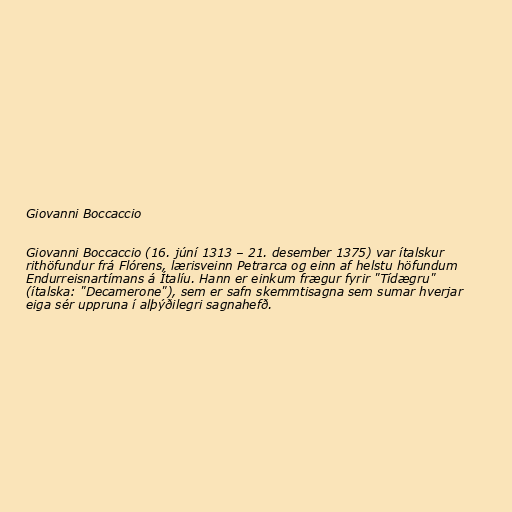
Giovanni Boccaccio

Giovanni Boccaccio (16. júní 1313 – 21. desember 1375) var ítalskur
rithöfundur frá Flórens, lærisveinn Petrarca og einn af helstu höfundum
Endurreisnartímans á Ítalíu. Hann er einkum frægur fyrir "Tídægru"
(ítalska: "Decamerone"), sem er safn skemmtisagna sem sumar hverjar
eiga sér uppruna í alþýðilegri sagnahefð.